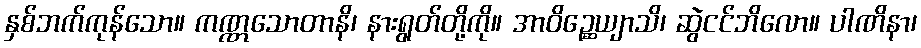
နှစ်ဘက်ကုန်သော။ ကဏ္ဏသောတာနိ၊ နားရွတ်တို့ကို။ အာဝိဉ္ဆေယျာသိ၊ ဆွဲငင်ဘိလော။ ပါဏိနာ၊